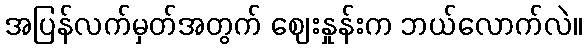
အပြန်လက်မှတ်အတွက် ဈေးနှုန်းက ဘယ်လောက်လဲ။